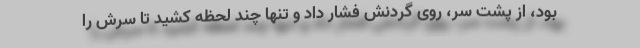
بود، از پشتِ سر، روی گردنش فشار داد و تنها چند لحظه کشید تا سرش را